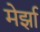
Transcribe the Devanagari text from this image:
मेर्झा